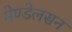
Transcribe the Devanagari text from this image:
मेण्डेलसन